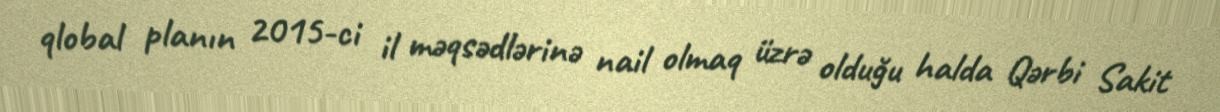
qlobal planın 2015-ci il məqsədlərinə nail olmaq üzrə olduğu halda Qərbi Sakit